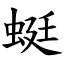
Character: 蜓